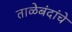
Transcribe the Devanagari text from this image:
ताळेबंदांचे